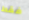
فقط